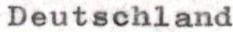
Deutschland